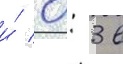
и́ 0: 3 в